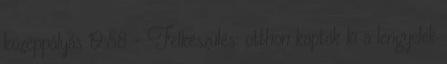
középpályás 19:58 - Felkészülés: otthon kaptak ki a lengyelek